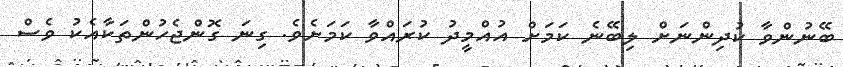
ބޭނުންވާ ކުދިންނަށް ލިބޭނެ ކަމަށް އުއްމީދު ކުރައްވާ ކަމަށެވެ. ގިނަ ގޮންޖެހުންތަކާއެކު ވެސް